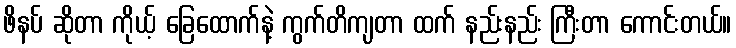
ဖိနပ် ဆိုတာ ကိုယ့် ခြေထောက်နဲ့ ကွက်တိကျတာ ထက် နည်းနည်း ကြီးတာ ကောင်းတယ်။